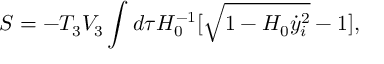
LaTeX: S = - T _ { 3 } V _ { 3 } \int d \tau H _ { 0 } ^ { - 1 } [ \sqrt { 1 - H _ { 0 } \dot { y } _ { i } ^ { 2 } } - 1 ] ,